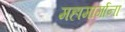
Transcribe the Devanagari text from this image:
महामार्गाना